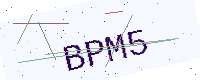
Text: BPM5